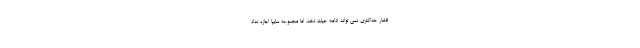
فشار حداکثری نمی تواند ادامه حیات دهد، اما مجموعه سایپا اجازه نداد